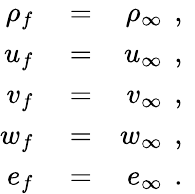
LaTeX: \begin{array}{rlr}{\rho_{f}}&{{}=}&{\rho_{\infty}\, \mathrm{~,~}}\\ {u_{f}}&{{}=}&{u_{\infty}\, \mathrm{~,~}}\\ {v_{f}}&{{}=}&{v_{\infty}\, \mathrm{~,~}}\\ {w_{f}}&{{}=}&{w_{\infty}\, \mathrm{~,~}}\\ {e_{f}}&{{}=}&{e_{\infty}\, \mathrm{~.~}}\end{array}